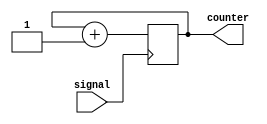
`timescale 1ns / 1ps

module two_bit_counter(
    input signal,
    output reg [1:0] counter
    );
    
    always@(posedge signal) begin
        counter = counter + 1;
        if(counter == 4)
            counter = 0;
    end
    
endmodule